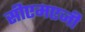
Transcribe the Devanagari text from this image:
सीएमएजी